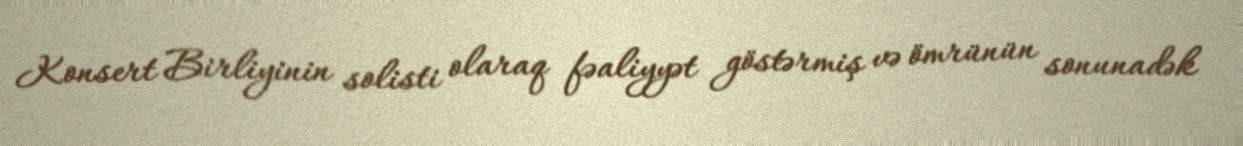
Konsert Birliyinin solisti olaraq fəaliyyət göstərmiş və ömrünün sonunadək